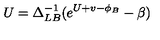
U = \Delta _ { L B } ^ { - 1 } ( e ^ { U + v - \phi _ { B } } - \beta )